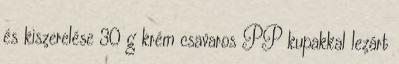
és kiszerelése 30 g krém csavaros PP kupakkal lezárt